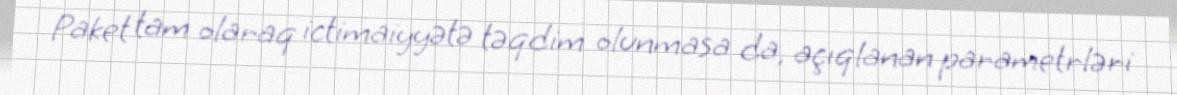
Paket tam olaraq ictimaiyyətə təqdim olunmasa da, açıqlanan parametrləri